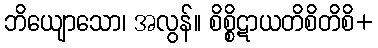
ဘိယျောသော၊ အလွန်။ စိစ္စိဋာယတိစိတိစိ+